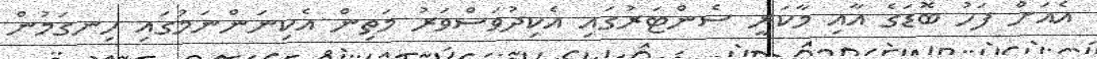
އެއަށް ފަހު ބޮޑަގެ އާއި މާކަރީ ސެންޓަރުގައި އެކިދުވަސްވަރު މަތިން އެކިނަންނަމުގައި ހިނގަމުން